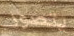
يتصور